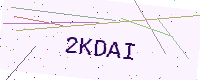
Text: 2KDAI